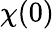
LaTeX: \chi(0)